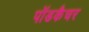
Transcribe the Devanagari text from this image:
पॉडकैचर